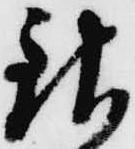
銀